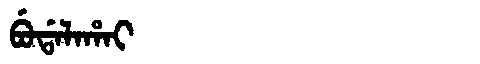
Manchu: ᠪᡠᡩᠠᠯᠠᡥᠠᡳ
Romanization: BUDALAHAI